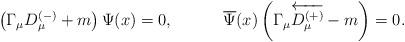
LaTeX: \begin{align*}\left( \Gamma _\mu D_\mu ^{(-)}+m\right) \Psi (x)=0 ,\hspace{0.5in}\overline{ \Psi }(x)\left( \Gamma _\mu\overleftarrow{D_\mu ^{(+)}}-m\right) =0 .\end{align*}